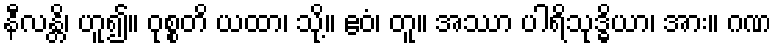
နီလန္တိ၊ ဟူ၍။ ဝုစ္စတိ ယထာ၊ သို့။ ဧဝံ၊ တူ။ အဿာ ပါရိသုဒ္ဓိယာ၊ အား။ ဂဏ